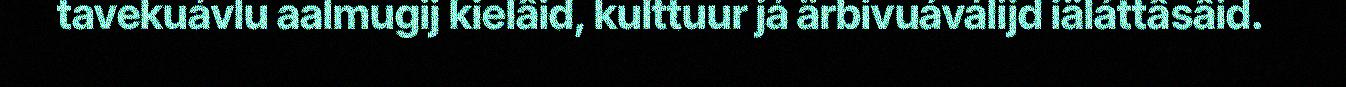
tavekuávlu aalmugij kielâid, kulttuur já ärbivuáválijd iäláttâsâid.